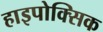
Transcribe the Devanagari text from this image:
हाइपोक्सिक